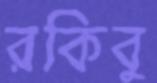
রকিবু